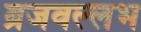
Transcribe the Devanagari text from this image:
ब्रजवल्लभ